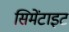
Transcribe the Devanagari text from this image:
सिमेंटाइट